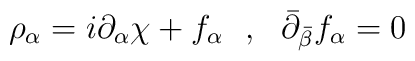
\rho_\alpha = i \partial_\alpha \chi + f_\alpha \ \ , \ \ \bar \partial_{\bar\beta} f_\alpha=0